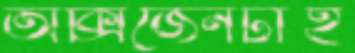
অক্সিজেনটাই